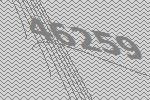
46259